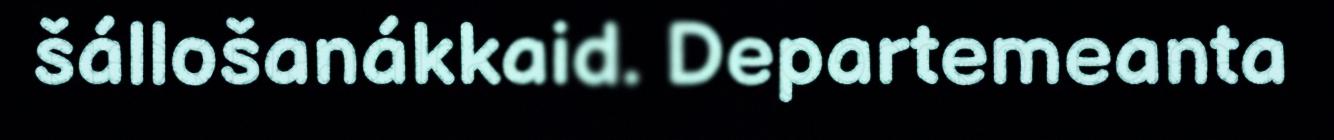
šállošanákkaid. Departemeanta